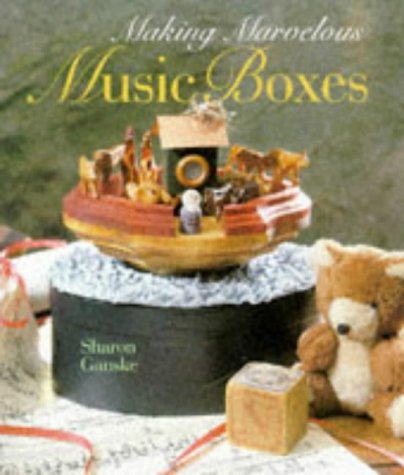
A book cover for Making Marvelous Music Boxes; Sharon Ganske; Crafts, Hobbies & Home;